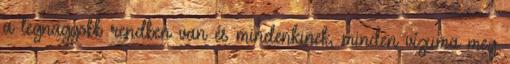
a legnagyobb rendben van és mindenkinek, minden vízuma meg